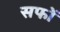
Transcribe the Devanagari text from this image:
सफों